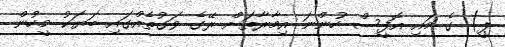
ޕީ) ގެ މައި އޮފީސް ހުންނަ އިމާރާތަށް ރޭގެ ވަގުތެއްގައި ބަޔަކު މީހުން